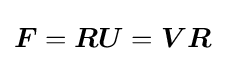
{\boldsymbol {F}}={\boldsymbol {RU}}={\boldsymbol {VR}}